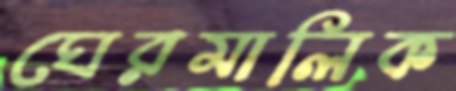
ঘেরমালিক